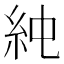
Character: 𥾴